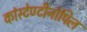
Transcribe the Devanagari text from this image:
कांस्टेण्टीनोपिल